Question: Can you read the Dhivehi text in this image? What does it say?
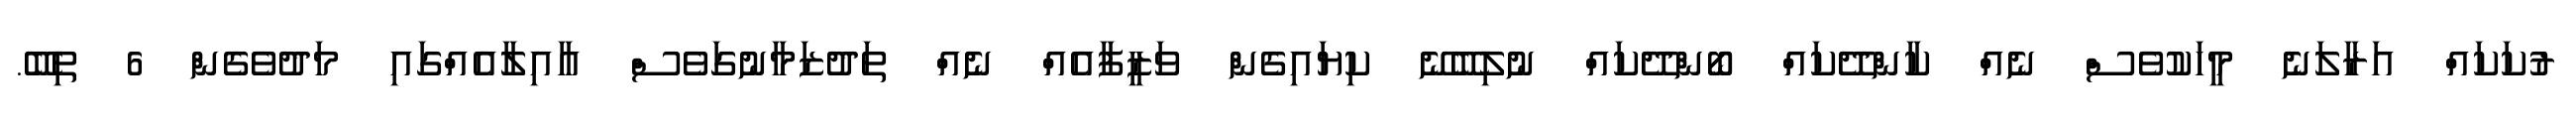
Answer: ރުކަކައް އަރާލަނެ މީހަކުވެސް ނެއް ކާންދޭކައް ބޯންދޭކައް ނުލިބޭނޭ ކިޔައިގެން ވަޒީފާއެއް ނެއް ތަދުޒަމާނުގަވެސް އާއިލާއެއްގައި މަދުވެގެން 6 ތިބޭ.